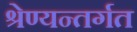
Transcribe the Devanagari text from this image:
श्रेण्यन्तर्गत